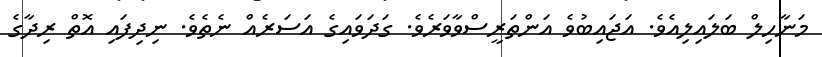
މަނާހިލް ބަލައިލިއެވެ. އަޖައިބުވެ އަންތަރީސްވާވަރެވެ. ގަދަވައިގެ އަސަރެއް ނެތެވެ. ނިދިފައި އޮތް ރިދާގެ